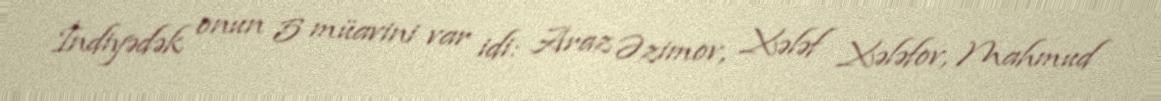
İndiyədək onun 5 müavini var idi: Araz Əzimov, Xələf Xələfov, Mahmud